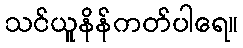
သင်ယူနိန်ကတ်ပါရေ။